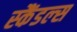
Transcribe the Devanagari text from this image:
स्‍कैंडल्‍स